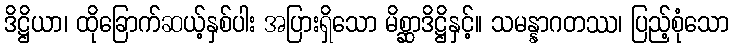
ဒိဋ္ဌိယာ၊ ထိုခြောက်ဆယ့်နှစ်ပါး အပြားရှိသော မိစ္ဆာဒိဋ္ဌိနှင့်။ သမန္နာဂတဿ၊ ပြည့်စုံသော